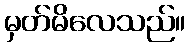
မှတ်မိလေသည်။